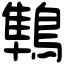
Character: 鶽